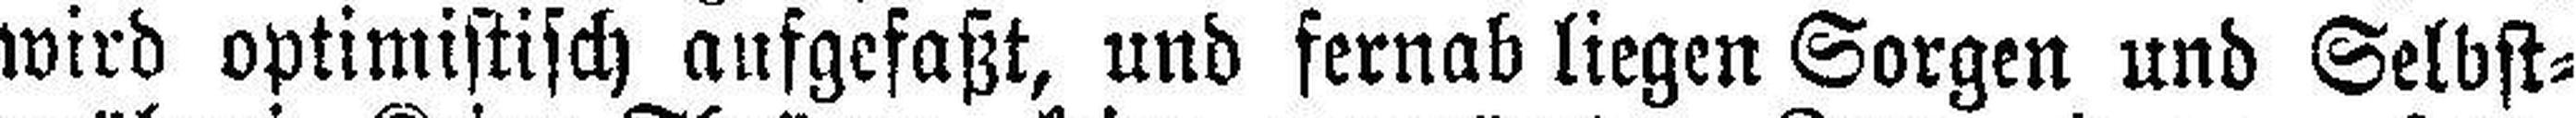
wird optimistisch aufgefaßt, und fernab liegen Sorgen und Selbst¬